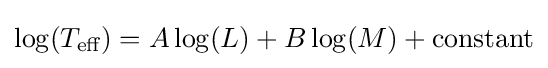
\log(T_{\text{eff}})=A\log(L)+B\log(M)+{\text{constant}}